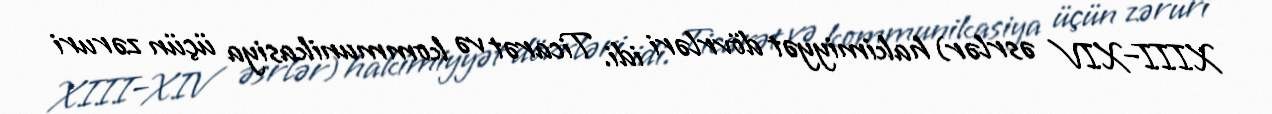
XIII–XIV əsrlər) hakimiyyət dövrləri idi. Ticarət və kommunikasiya üçün zəruri